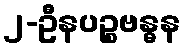
၂-ဦနပဉ္စဗန္ဓန